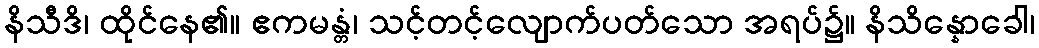
နိသီဒိ၊ ထိုင်နေ၏။ ဧကမန္တံ၊ သင့်တင့်လျောက်ပတ်သော အရပ်၌။ နိသိန္နောခေါ၊